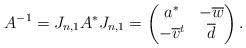
LaTeX: \begin{align*} A^{-1} = J_{n,1}A^*J_{n,1} = \begin{pmatrix} a^* & -\overline{w} \\ -\overline{v}^t & \overline{d} \end{pmatrix}.\end{align*}